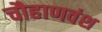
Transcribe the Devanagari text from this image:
चौहाणवंश